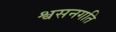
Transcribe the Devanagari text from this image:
श्वसनगति